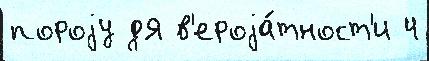
пороjу дЯ в'ероjа́тност'и 4